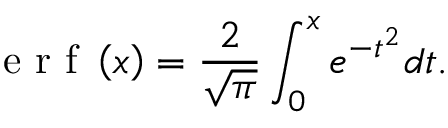
\textup { e r f } \left( x \right) = \frac { 2 } { \sqrt { \pi } } \int _ { 0 } ^ { x } e ^ { - t ^ { 2 } } d t .